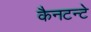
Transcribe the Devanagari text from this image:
कैनटन्टे